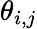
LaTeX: \theta_{i,j}